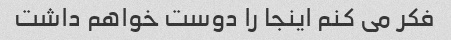
فکر می کنم اینجا را دوست خواهم داشت